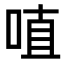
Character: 𠶗